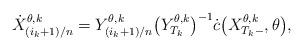
LaTeX: \begin{align*} \dot{X}_{(i_k+1)/{n}}^{\theta,k}=Y_{(i_k+1)/{n}}^{\theta,k}\bigl(Y_{T_k}^{\theta,k}\bigr)^{-1} \dot{c}\bigl(X_{T_k-}^{\theta,k}, \theta\bigr),\end{align*}